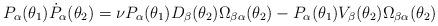
LaTeX: \begin{align*}P_{\alpha}(\theta_1)\dot{P}_{\alpha}(\theta_2) = \nu P_{\alpha}(\theta_1) D_{\beta}(\theta_2)\Omega_{\beta \alpha}(\theta_2) - P_{\alpha}(\theta_1)V_{\beta}(\theta_2)\Omega_{\beta \alpha}(\theta_2)\end{align*}